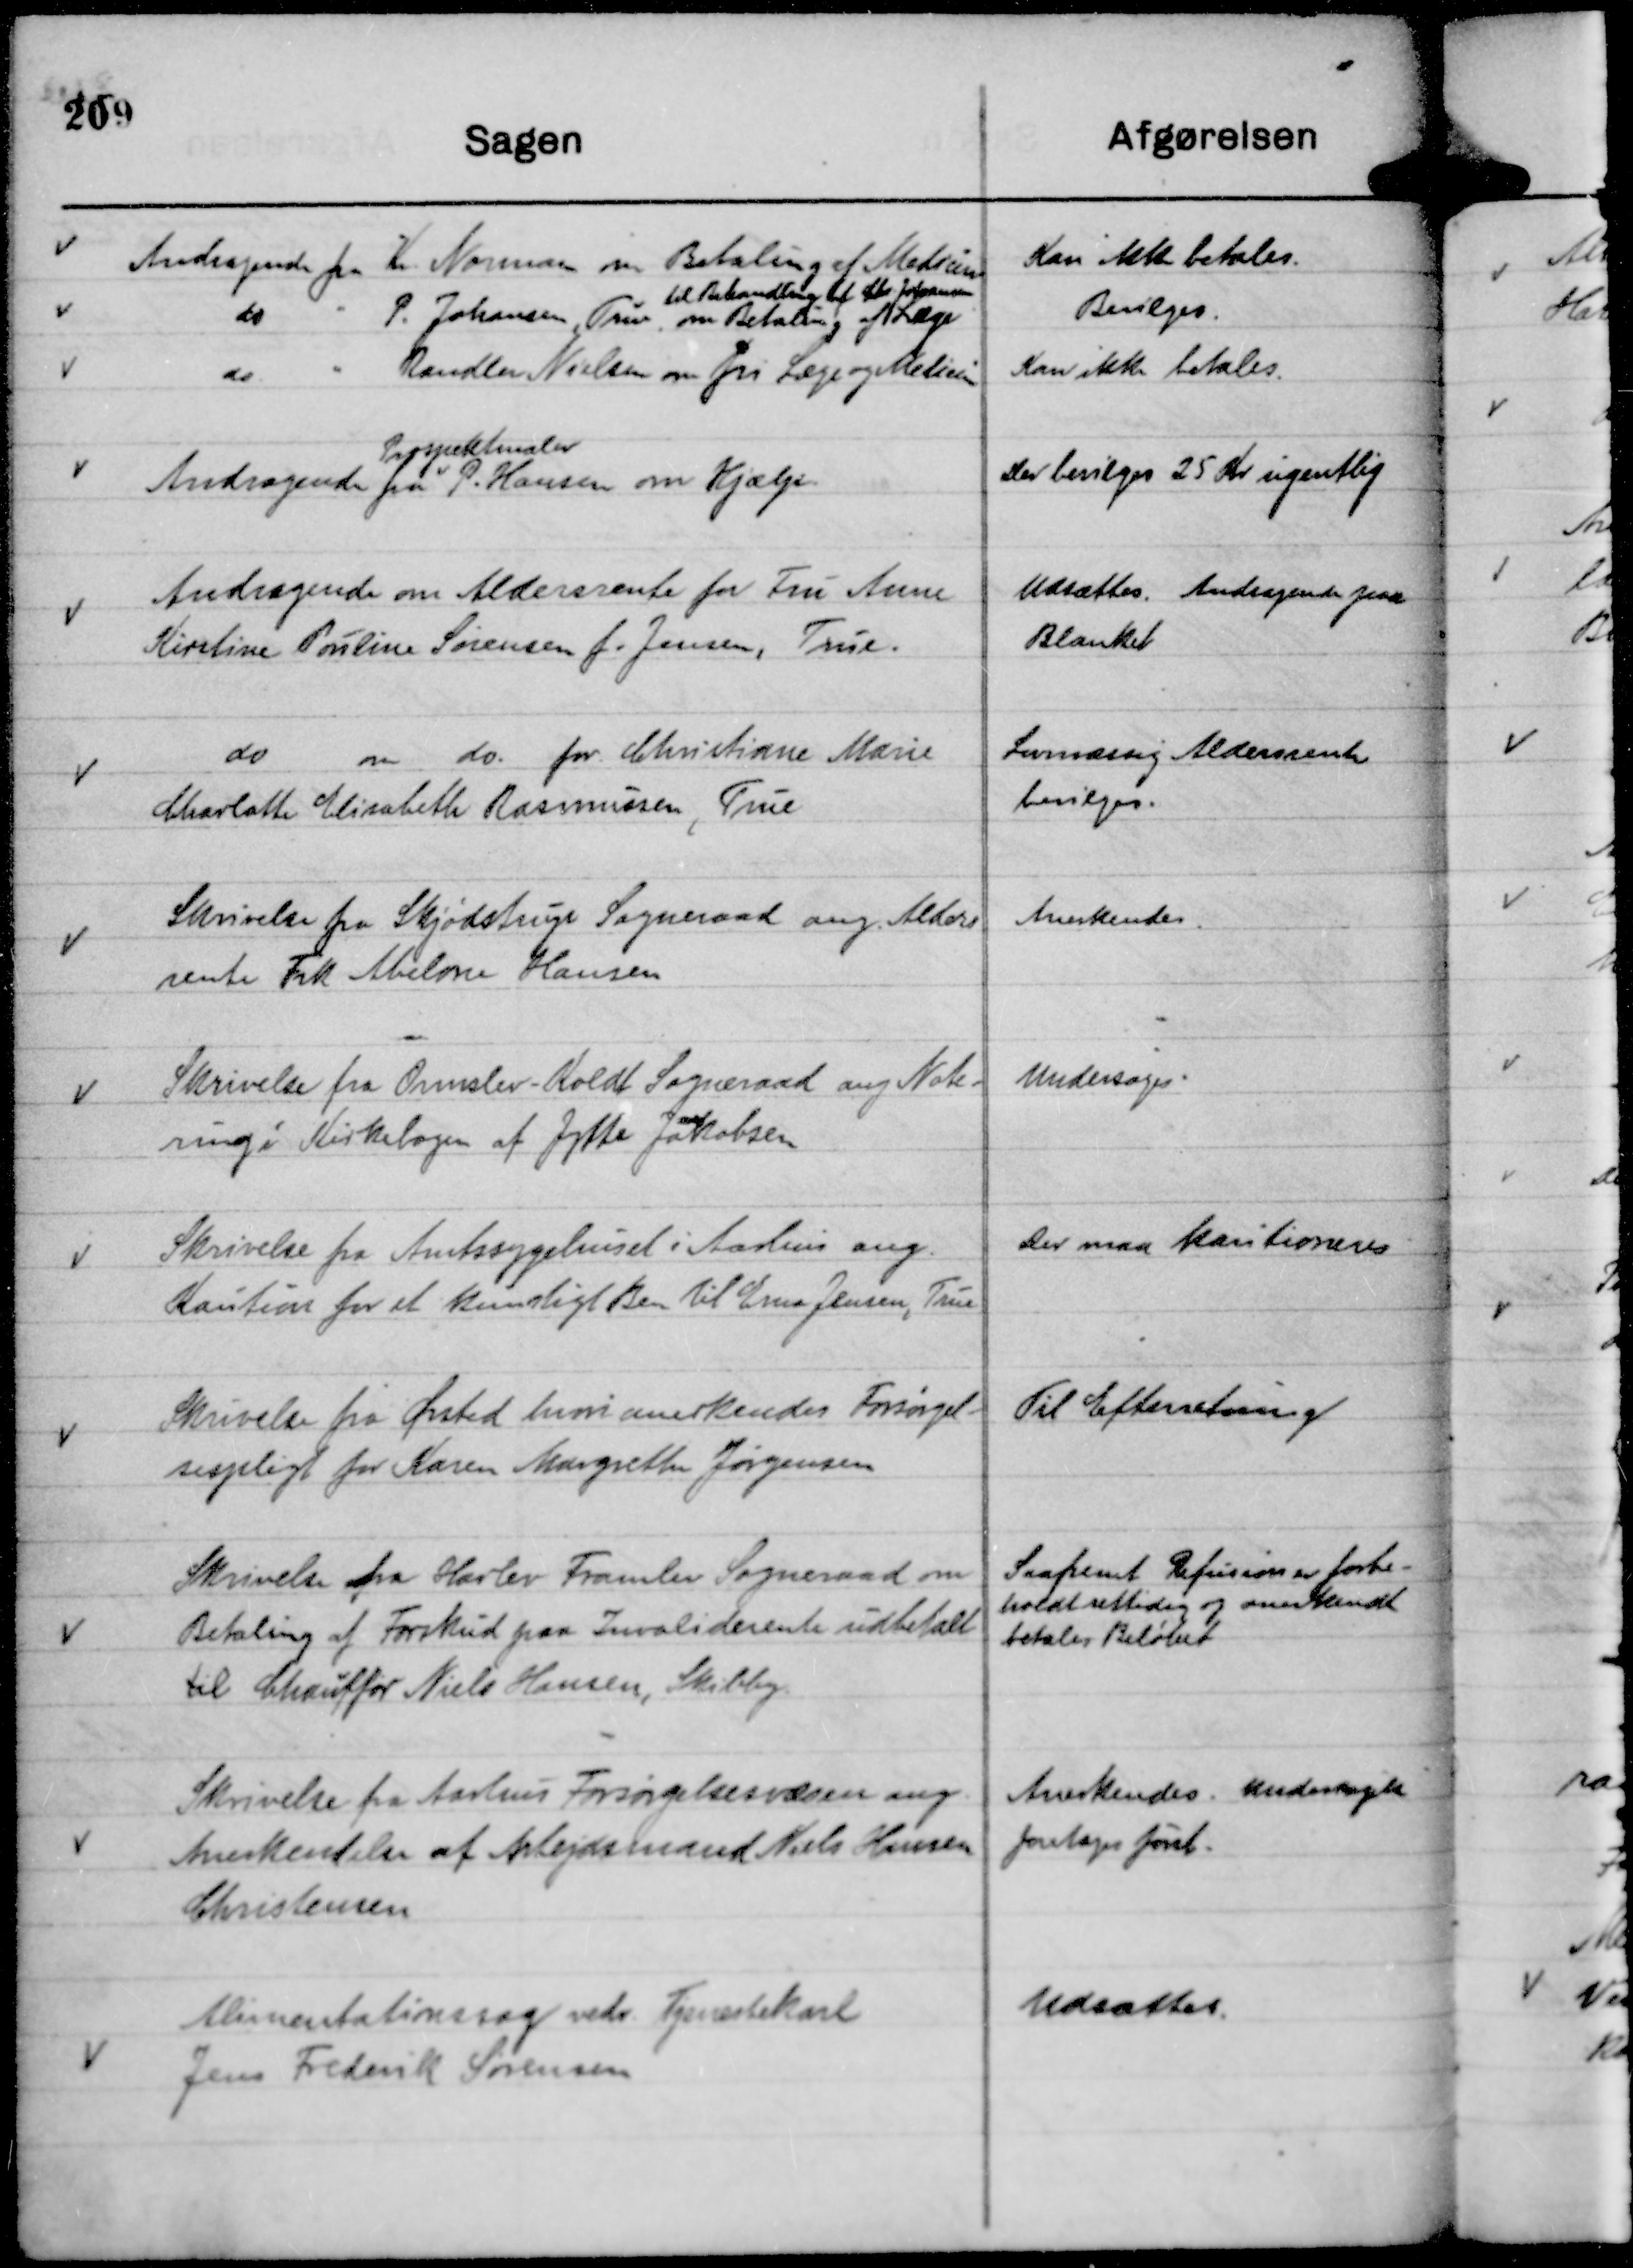
Transskription:
Andragende fra
Prospektmaler
P. Hansen om Hjælp.

Der bevilges 25 Kr ugentlig

Andragende om Aldersrente for Fru Anne
Kirstine Pouline Sørensen f. Jensen, True.

Udsættes. Andragende paa
Blanket

do
om do. for Christiane Marie
Charlotte Elisabeth Rasmussen, True

Lovmæssig Aldersrente
bevilges.

Skrivelse fra Skødstrup Sogneraad ang. Alders
rente Frk Abelone Hansen

Anerkendes.

Skrivelse fra Ormslev - Koldt Sogneraad ang Note-
ring i Kirkebogen af Jytte Jakobsen

Undersøges.

Skrivelse fra Amtssygehuset i Aarhus ang.
Kaution for et kunstigt Ben til Erna Jensen, True

Der maa kautioneres

Skrivelse fra Ørsted hvori anerkendes Forsørgel-
sespligt for Karen Margrethe Jørgensen

Til Efterretning

Skrivelse fra Harlev Framlev Sogneraad om
Betaling af Forskud paa Invaliderente udbetalt
til Chauffør Niels Hansen, Skibby.

Saafremt Refusion er forbe-
holdt rettidig og anerkendt
betales Beløbet

Skrivelse fra Aarhus Forsørgelsesvæsen ang.
Anerkendelse af Arbejdsmand Niels Hansen
Christensen

Anerkendes. Undersøgelse
foretages først.

Alimentationssag vedr. Tjenestekarl
Jens Frederik Sørensen

Udsættes.